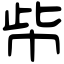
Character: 㠿